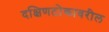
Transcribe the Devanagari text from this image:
दक्षिणटोकावरील